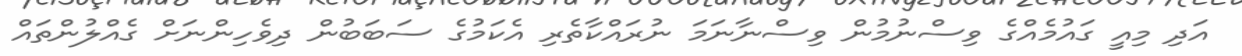
އަދި މިއީ ގައުމެއްގެ ވިސްނުމުން ވިސްނާނަމަ ނުރައްކާތެރި އެކަމުގެ ސަބަބުން ދިވެހިންނަށް ގެއްލުންތައް